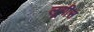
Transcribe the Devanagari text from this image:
लूयीस